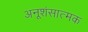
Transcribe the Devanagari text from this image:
अनूशंसात्मक